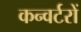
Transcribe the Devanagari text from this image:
कन्वर्टरों